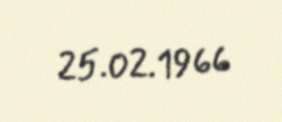
25.02.1966